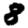
Digit: 8